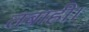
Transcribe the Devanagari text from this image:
तबाही।